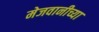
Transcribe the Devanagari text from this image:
मेजवानीच्या